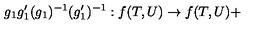
g _ { 1 } g _ { 1 } ^ { \prime } ( g _ { 1 } ) ^ { - 1 } ( g _ { 1 } ^ { \prime } ) ^ { - 1 } : f ( T , U ) \rightarrow f ( T , U ) +